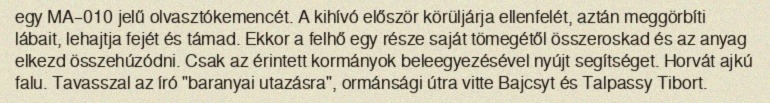
egy MA–010 jelű olvasztókemencét. A kihívó először körüljárja ellenfelét, aztán meggörbíti lábait, lehajtja fejét és támad. Ekkor a felhő egy része saját tömegétől összeroskad és az anyag elkezd összehúzódni. Csak az érintett kormányok beleegyezésével nyújt segítséget. Horvát ajkú falu. Tavasszal az író "baranyai utazásra", ormánsági útra vitte Bajcsyt és Talpassy Tibort.